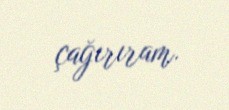
çağırıram.